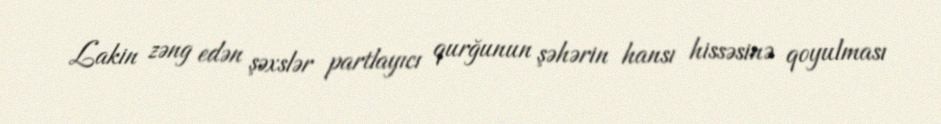
Lakin zəng edən şəxslər partlayıcı qurğunun şəhərin hansı hissəsinə qoyulması